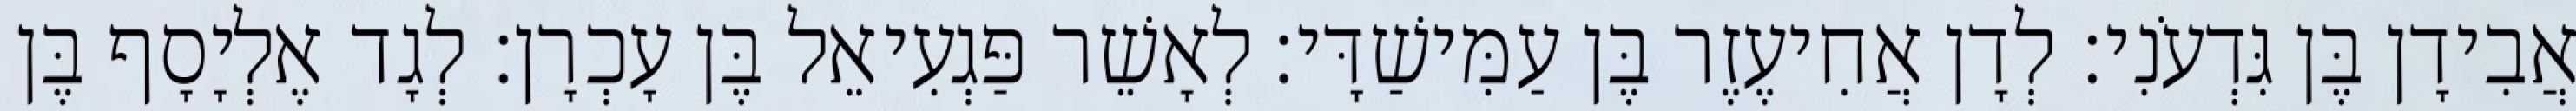
אֲבִידָן בֶּן גִּדְעֹנִי׃ לְדָן אֲחִיעֶזֶר בֶּן עַמִּישַׁדָּי׃ לְאָשֵׁר פַּגְעִיאֵל בֶּן עָכְרָן׃ לְגָד אֶלְיָסָף בֶּן